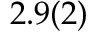
2 . 9 ( 2 )